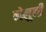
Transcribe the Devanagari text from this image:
बोलुनी